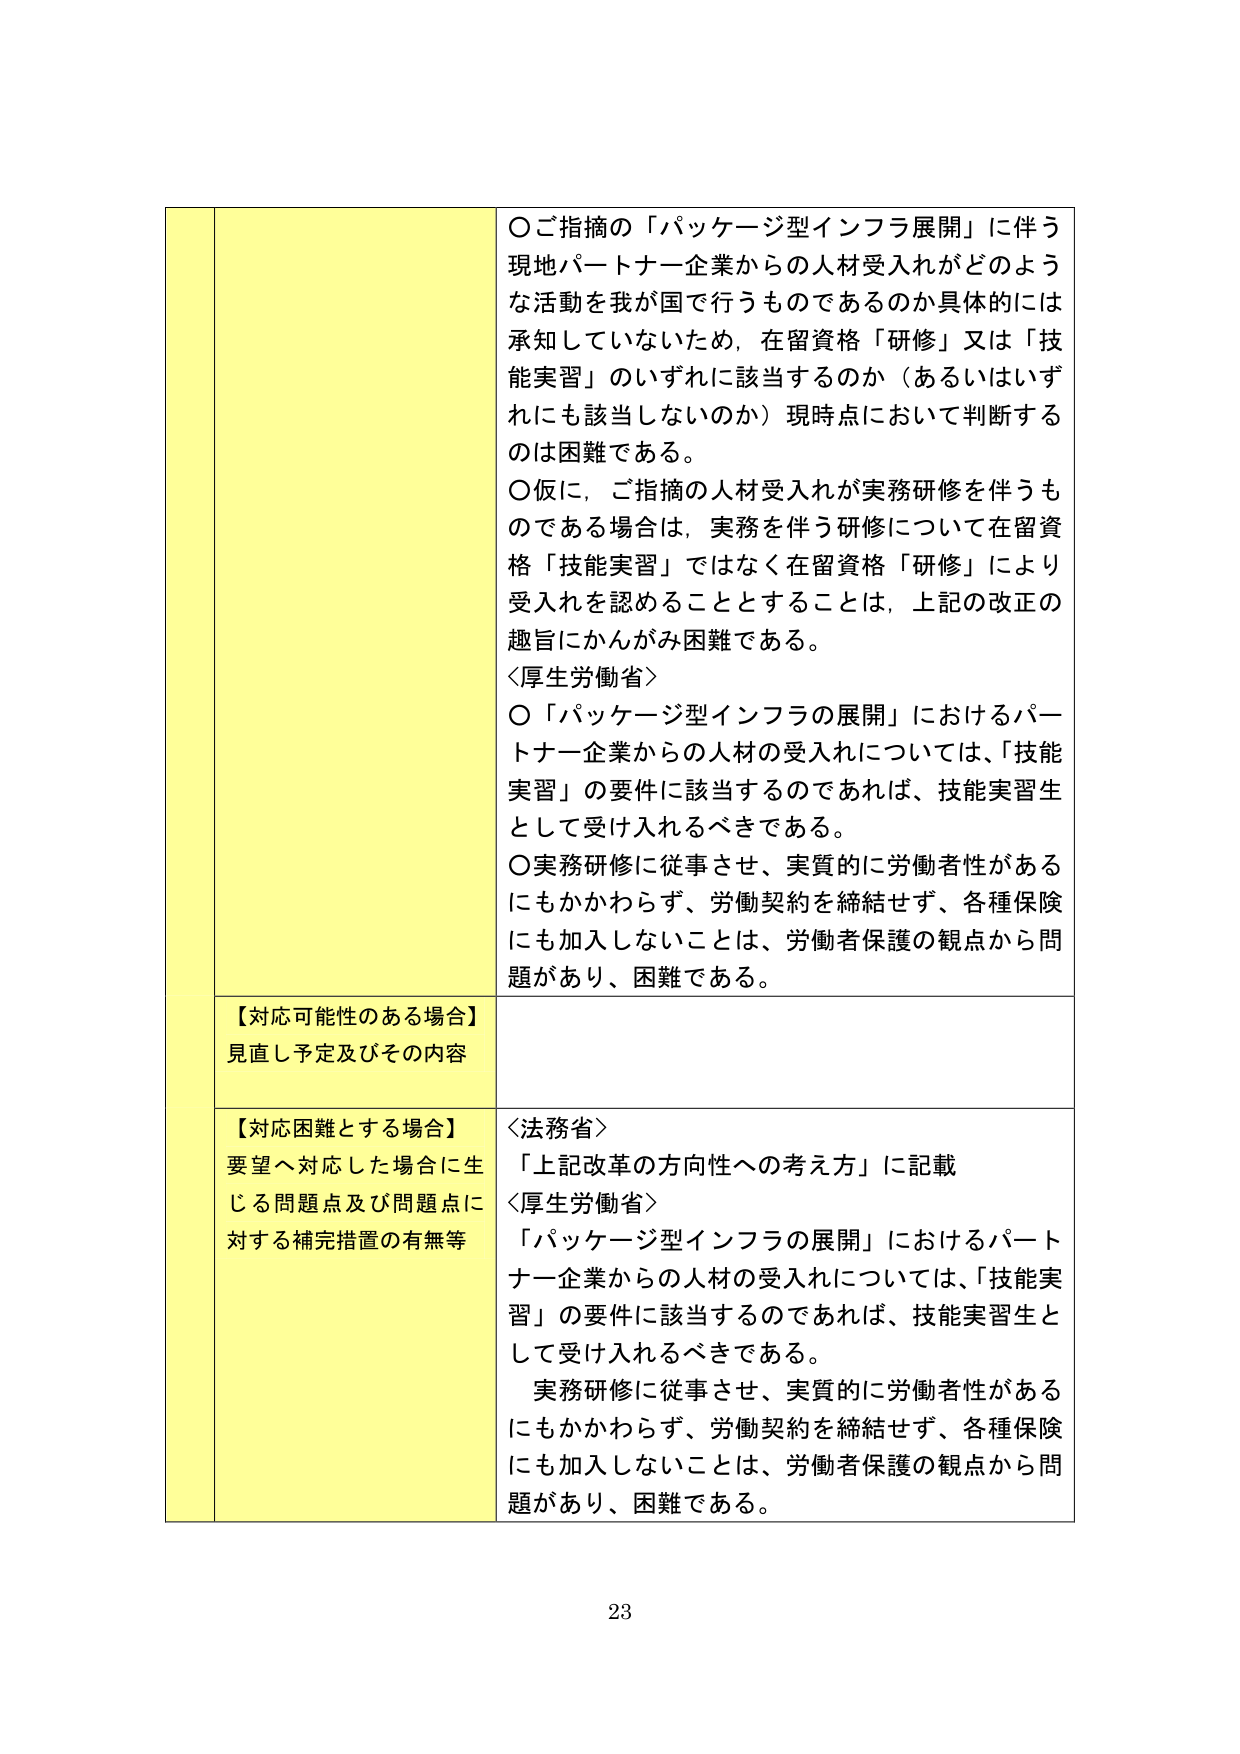
○ご指摘の「パッケージ型インフラ展開」に伴う現地パートナー企業からの人材受入れがどのような活動を我が国で行うものであるのか具体的には承知していないため、在留資格「研修」又は「技能実習」のいずれに該当するのか（あるいはいずれにも該当しないのか）現時点において判断するのは困難である。

○仮に、ご指摘の人材受入れが実務研修を伴うものである場合は、実務を伴う研修について在留資格「技能実習」ではなく在留資格「研修」により受入れを認めることとすることは、上記の改正の趣旨にかんがみ困難である。

〈厚生労働省〉
○「パッケージ型インフラの展開」におけるパートナー企業からの人材の受入れについては、「技能実習」の要件に該当するのであれば、技能実習生として受け入れるべきである。
○実務研修に従事させ、実質的に労働者性があるにもかかわらず、労働契約を締結せず、各種保険にも加入しないことは、労働者保護の観点から問題があり、困難である。

【対応可能性のある場合】
見直し予定及びその内容

【対応困難とする場合】
要望へ対応した場合に生じる問題点及び問題点に対する補完措置の有無等

〈法務省〉
「上記改革の方向性への考え方」に記載

〈厚生労働省〉
「パッケージ型インフラの展開」におけるパートナー企業からの人材の受入れについては、「技能実習」の要件に該当するのであれば、技能実習生として受け入れるべきである。
実務研修に従事させ、実質的に労働者性があるにもかかわらず、労働契約を締結せず、各種保険にも加入しないことは、労働者保護の観点から問題があり、困難である。

23